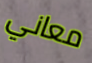
معاني